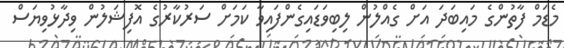
މެޑަމް ފާތުންގެ މައިބަދަ އަށް ގެއްލުން ލިބިވަޑައިގެންފައިވާ ކަމަށް ސަރުކާރުގެ އޮފިޝަލުން ވިދާޅުވިޔަސް